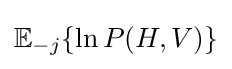
\mathbb {E} _{-j}\{\ln P(H,V)\}